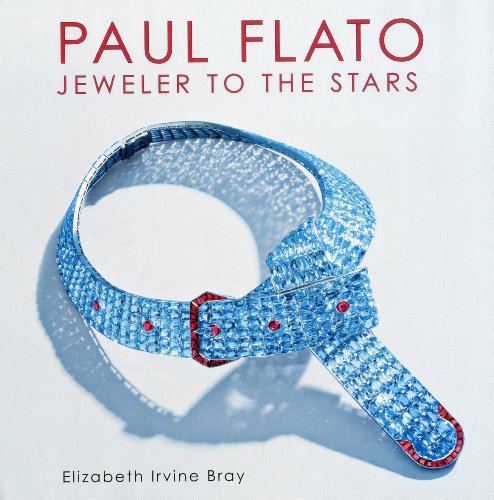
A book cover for Paul Flato: Jeweler to the Stars; Elizabeth Irvine Bray; Crafts, Hobbies & Home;